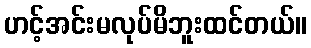
ဟင့်အင်းမလုပ်မိဘူးထင်တယ်။